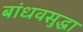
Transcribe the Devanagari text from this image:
बांधवसुद्धा